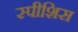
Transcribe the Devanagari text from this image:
स्पीशिस